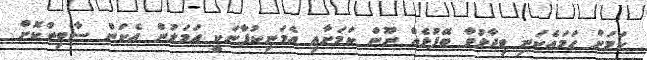
ކަމަށް ހަމައެކަނި ވިދާޅުވާ ބޭފުޅެއް ނޫން ކަމަށާއި އެމަނިކުފާނަކީ އަމަލުން އެކަން ސާބިތުކޮށް